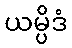
ယမ္ပိဒံ